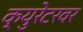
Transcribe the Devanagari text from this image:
क्युरेटरवर